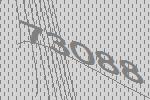
73088